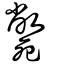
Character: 斃